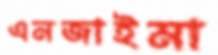
এনজাইমা